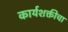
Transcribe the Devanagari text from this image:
कार्यशक्तीचा